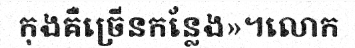
កុងគឺច្រើនកន្លែង»។លោក